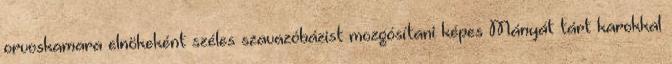
orvoskamara elnökeként széles szavazóbázist mozgósítani képes Mányát tárt karokkal